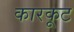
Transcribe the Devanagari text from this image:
कारकूट